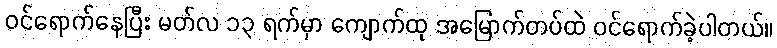
ဝင်ရောက်နေပြီး မတ်လ ၁၃ ရက်မှာ ကျောက်ထု အမြောက်တပ်ထဲ ဝင်ရောက်ခဲ့ပါတယ်။